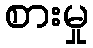
စားမှု